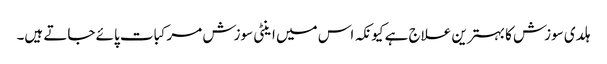
ہلدی سوزش کا بہترین علاج ہے کیونکہ اس میں اینٹی سوزش مرکبات پائے جاتے ہیں۔